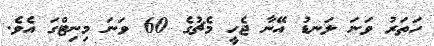
ހަތަރު ވަނަ ލަނޑު އޭނާ ޖެހީ މެޗުގެ 60 ވަނަ މިނިޓްގަ އެވެ.